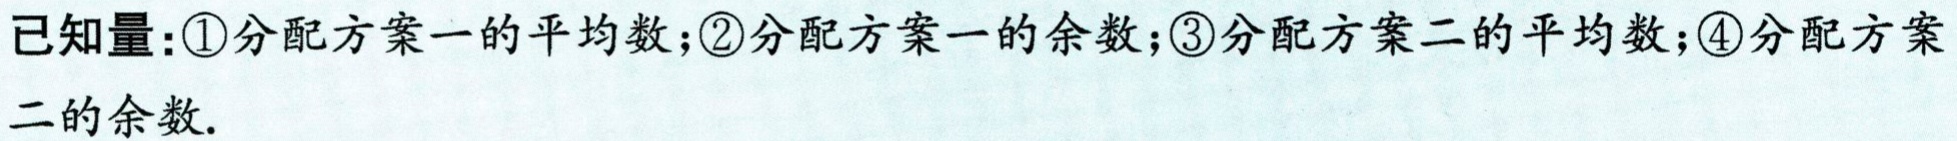
已知量：\textcircled{1}分配方案一的平均数；\textcircled{2}分配方案一的余数；\textcircled{3}分配方案二的平均数；\textcircled{4}分配方案二的余数.